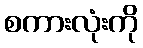
စကားလုံးကို